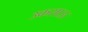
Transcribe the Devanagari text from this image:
उकसाऊ